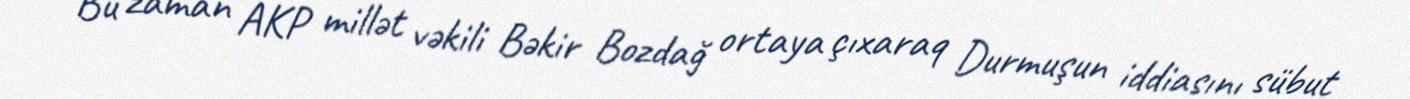
Bu zaman AKP millət vəkili Bəkir Bozdağ ortaya çıxaraq Durmuşun iddiasını sübut